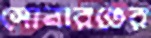
সোনারঙের